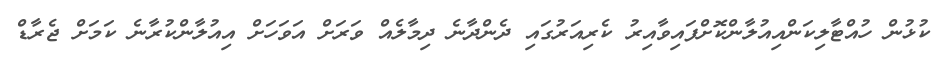
ކުޅުން ހުއްޓާލިކަންއިއުލާންކޮށްފައިވާއިރު ކެރިއަރުގައި ދެންދާނެ ދިމާލެއް ވަރަށް އަވަހަށް އިއުލާންކުރާނެ ކަމަށް ޖެރާޑް